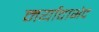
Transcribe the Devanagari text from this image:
मर्यादाभेद